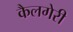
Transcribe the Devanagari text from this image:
कैलगेरी